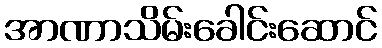
အာဏာသိမ်းခေါင်းဆောင်